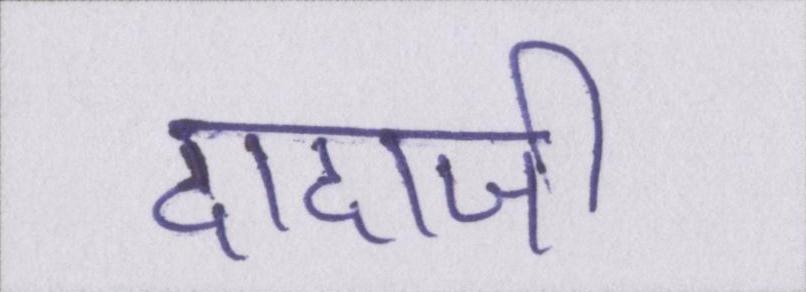
दादाजी